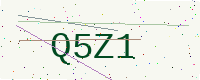
Text: Q5Z1